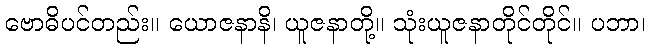
ဗောဓိပင်တည်း။ ယောဇနာနိ၊ ယူဇနာတို့။ သုံးယူဇနာတိုင်တိုင်။ ပဘာ၊